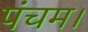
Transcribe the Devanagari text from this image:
पंचम।